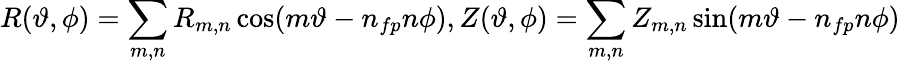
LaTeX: R(\vartheta,\phi)=\sum_{m,n}R_{m,n}\cos(m\vartheta-n_{fp}n\phi),Z(\vartheta,\phi)=\sum_{m,n}Z_{m,n}\sin(m\vartheta-n_{fp}n\phi)